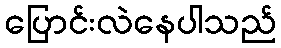
ပြောင်းလဲနေပါသည်